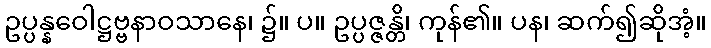
ဥပ္ပန္နဝေါဋ္ဌဗ္ဗနာဝသာနေ၊ ၌။ ပ။ ဥပ္ပဇ္ဇန္တိ၊ ကုန်၏။ ပန၊ ဆက်၍ဆိုအံ့။